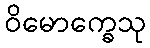
ဝိမောက္ခေသု